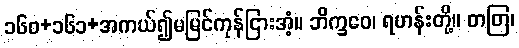
၁၆၀+၁၆၁+အကယ်၍မမြင်ကုန်ငြားအံ့။ ဘိက္ခဝေ၊ ရဟန်းတို့။ တတြ၊